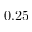
0 . 2 5